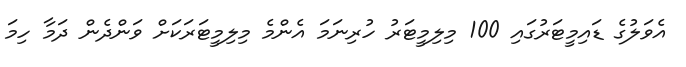
އެވަލުގެ ޑައިމީޓަރުގައި 100 މިލިމީޓަރު ހުރިނަމަ އެެންމެ މިލިމީޓަރަކަށް ވަންދެން ދަމާ ހިމަ